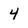
Character: 4